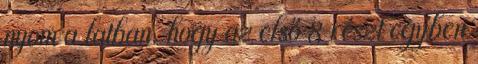
nyom a latban, hogy az első 8 részt egyben